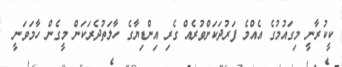
ކީކުރާނީ މިގައުމުގެ އެއްމެ ފަރުދަކަށްވުރެއް ގެރި އިންޑިޔާގެ ހާލަތުދެރަކަން މީގެން ހާމަވަނީ